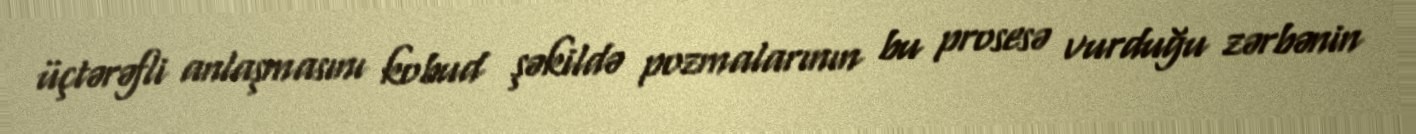
üçtərəfli anlaşmasını kobud şəkildə pozmalarının bu prosesə vurduğu zərbənin